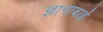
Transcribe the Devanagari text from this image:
ज्ञानाबाई